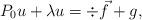
LaTeX: \begin{align*} P_0 u + \lambda u = \div \vec f + g,\end{align*}